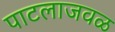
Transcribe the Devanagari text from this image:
पाटलाजवळ